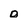
Character: o